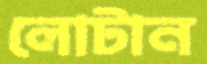
লোটান